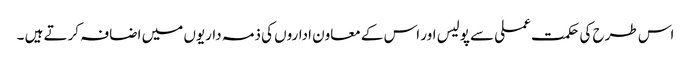
اس طرح کی حکمت عملی سے پولیس اور اس کے معاون اداروں کی ذمہ داریوں میں اضافہ کرتے ہیں ۔